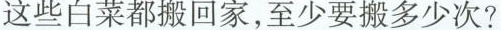
这些白菜都搬回家，至少要搬多少次?